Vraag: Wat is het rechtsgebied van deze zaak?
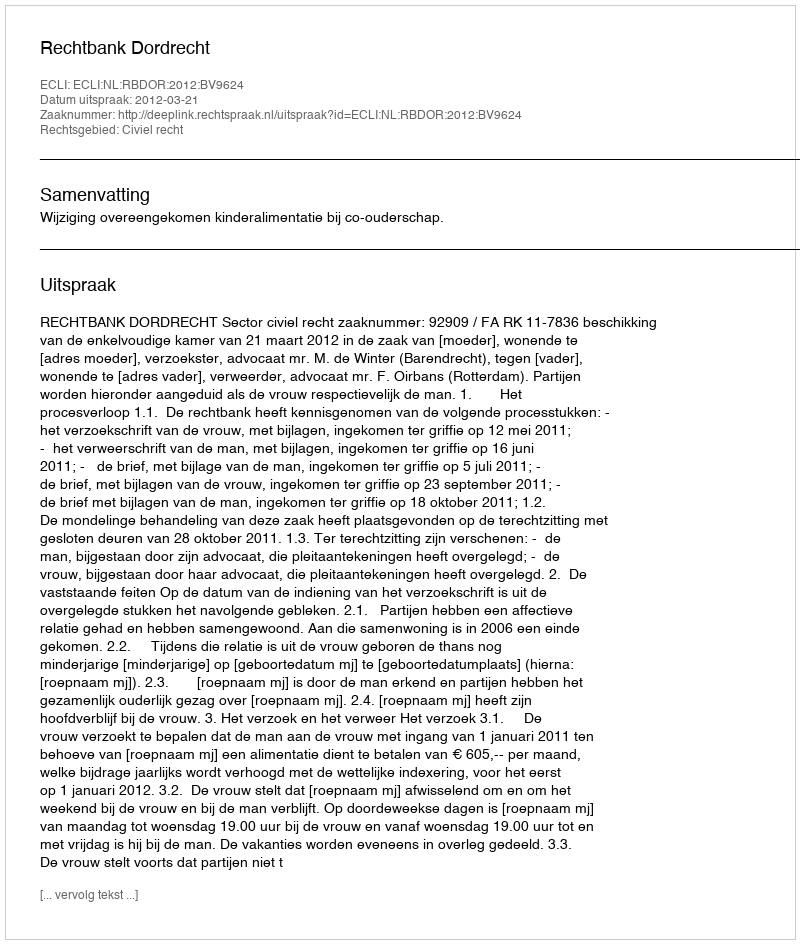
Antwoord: Civiel recht